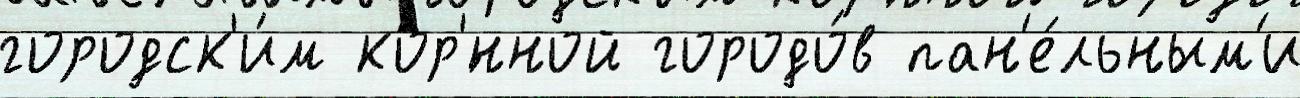
городск'и́м кор'́нной городо́в пан'е́льным'и